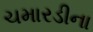
ચમારડીના